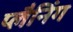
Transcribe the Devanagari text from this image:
प्लैनिंग